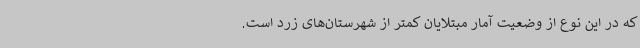
که در این نوع از وضعیت آمار مبتلایان کمتر از شهرستان‌های زرد است.